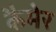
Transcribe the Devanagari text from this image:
कैमेर